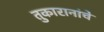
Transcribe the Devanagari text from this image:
तुकारानांचे